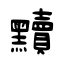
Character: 黷